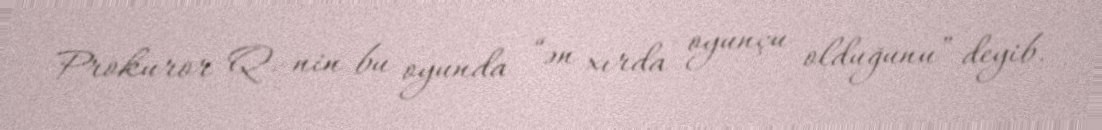
Prokuror Q.-nin bu oyunda “ən xırda oyunçu olduğunu” deyib.